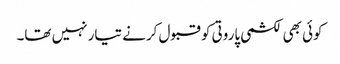
کوئی بھی لکشمی پاروتی کو قبول کرنے تیار نہیں تھا۔